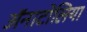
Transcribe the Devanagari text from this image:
ॲनाटोलिया